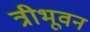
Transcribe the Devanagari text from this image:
त्रीभूवन